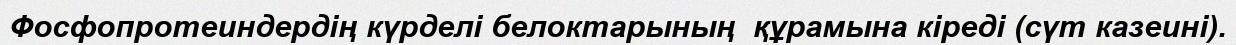
Фосфопротеиндердiң күрделi белоктарының  құрамына кiредi (сүт казеинi).